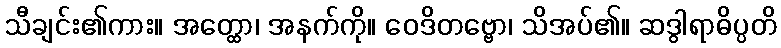
သီချင်း၏ကား။ အတ္ထော၊ အနက်ကို။ ဝေဒိတဗ္ဗော၊ သိအပ်၏။ ဆဒွါရာဓိပ္ပတိ